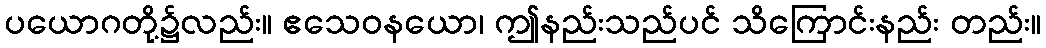
ပယောဂတို့၌လည်း။ ဧသေဝနယော၊ ဤနည်းသည်ပင် သိကြောင်းနည်း တည်း။